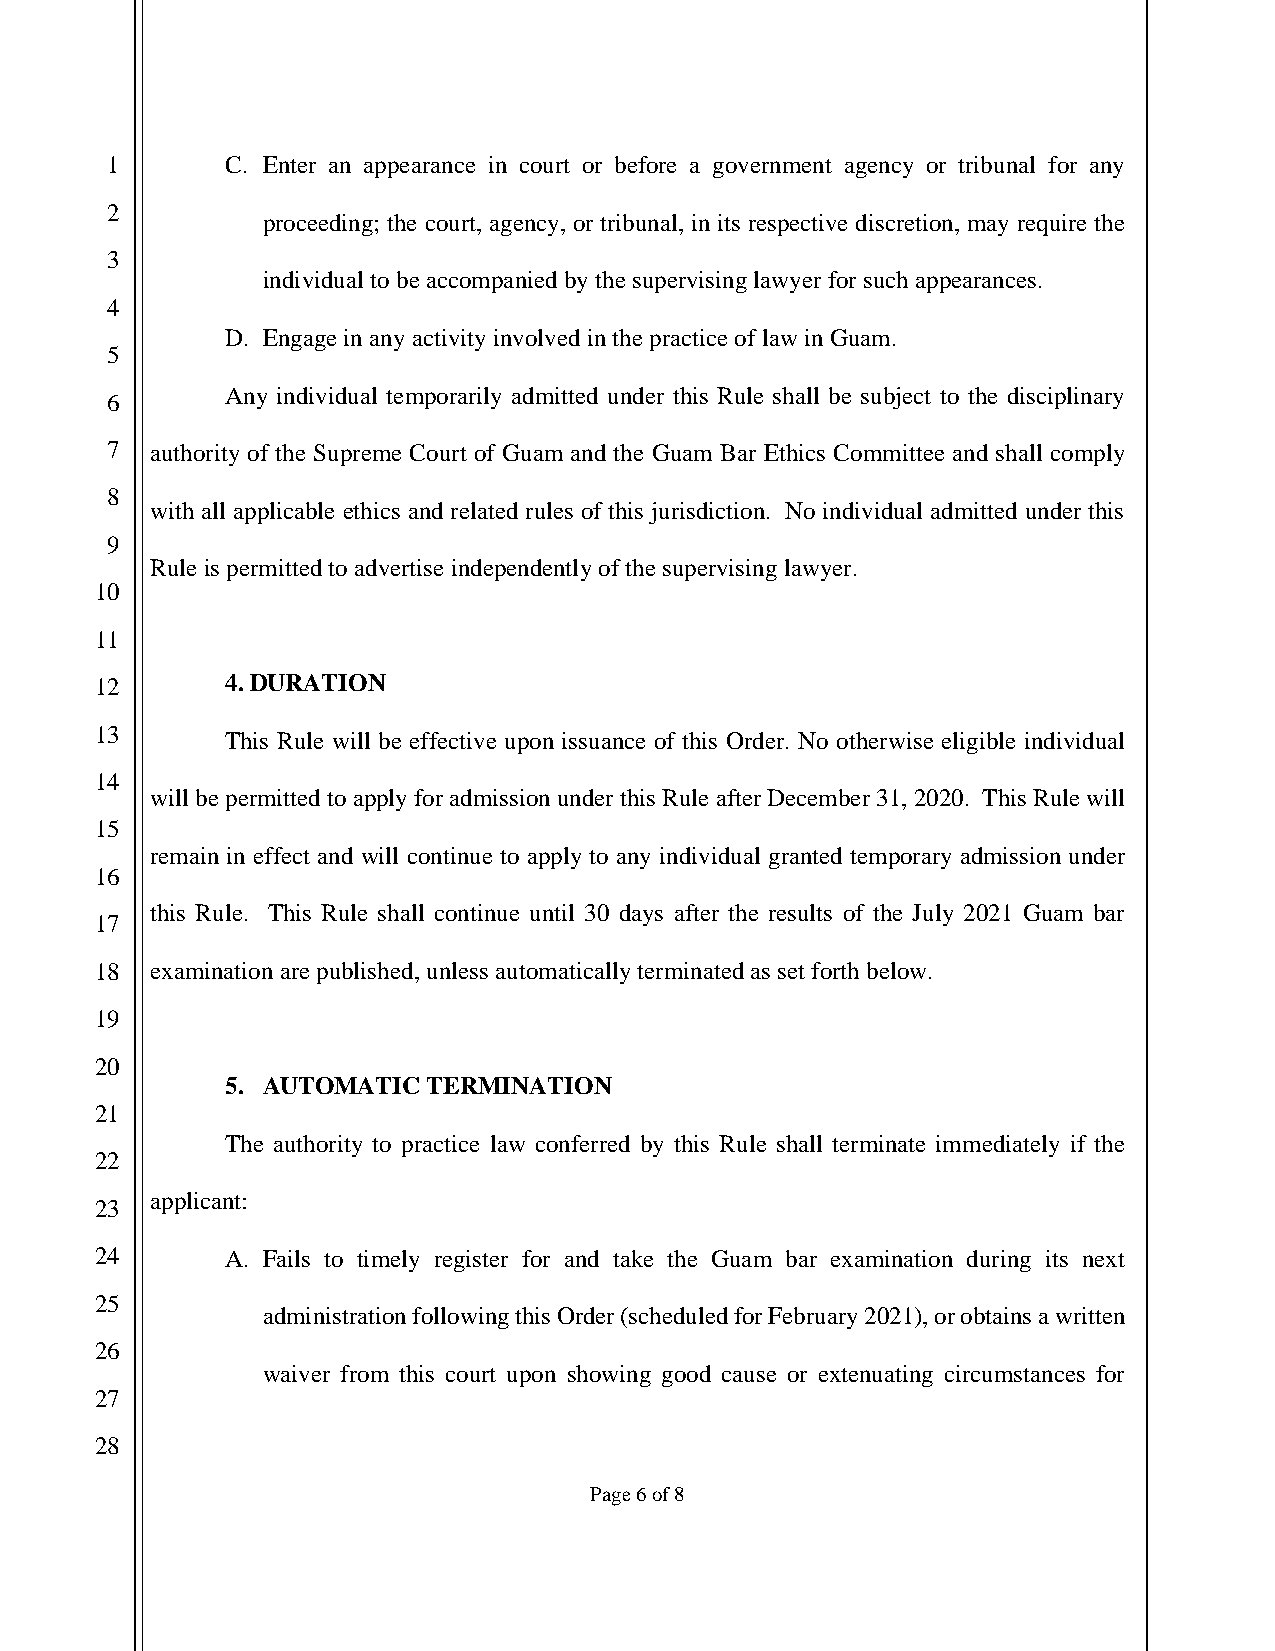
1       C. Enter an appearance in court or before a government agency or tribunal for any
 2
 proceeding; the court, agency, or tribunal, in its respective discretion, may require the
 3
 individual to be accompanied by the supervising lawyer for such appearances.
 4
 D. Engage in any activity involved in the practice of law in Guam.
 5
 Any individual temporarily admitted under this Rule shall be subject to the disciplinary
 6
 7  authority of the Supreme Court of Guam and the Guam Bar Ethics Committee and shall comply
 8
 with all applicable ethics and related rules of this jurisdiction. No individual admitted under this
 9
 Rule is permitted to advertise independently of the supervising lawyer.
 10
 11
 12       4. DURATION
 13       This Rule will be effective upon issuance of this Order. No otherwise eligible individual
 14
 will be permitted to apply for admission under this Rule after December 31, 2020. This Rule will
 15
 remain in effect and will continue to apply to any individual granted temporary admission under
 16
 this Rule. This Rule shall continue until 30 days after the results of the July 2021 Guam bar
 17
 18  examination are published, unless automatically terminated as set forth below.
 19
 20
 5. AUTOMATIC TERMINATION
 21
 The authority to practice law conferred by this Rule shall terminate immediately if the
 22
 applicant:
 23
 24       A. Fails to timely register for and take the Guam bar examination during its next
 25
 administration following this Order (scheduled for February 2021), or obtains a written
 26
 waiver from this court upon showing good cause or extenuating circumstances for
 27
 28
 Page 6 of 8